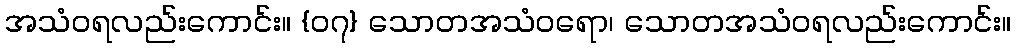
အသံဝရလည်းကောင်း။ {၀၇} သောတအသံဝရော၊ သောတအသံဝရလည်းကောင်း။